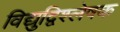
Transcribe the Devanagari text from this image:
विद्युद्विश्लेषक